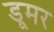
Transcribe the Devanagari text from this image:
डूमर